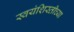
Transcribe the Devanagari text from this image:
स्वयंशिस्तीच्या